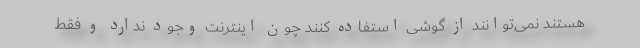
هستند نمی‌توانند از گوشی استفاده کنند چون اینترنت وجود ندارد و فقط